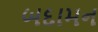
બદામન